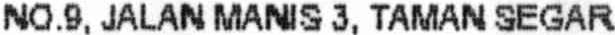
NO.9, JALAN MANIS 3, TAMAN SEGAR